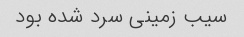
سیب زمینی سرد شده بود